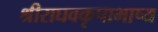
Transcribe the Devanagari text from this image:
श्रीराघवकृपाभाष्य